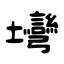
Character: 壪